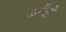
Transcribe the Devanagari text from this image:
ऊरेंसो